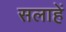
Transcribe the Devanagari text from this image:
सलाहें